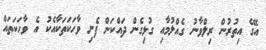
އޭގެ އިތުރުން ރިލްވާނު ގެއްލުމާއި ގުޅިގެން ދައްކަން ފެށި ވާހަކަތަކާއެކު އެ ވާހަކަތައް